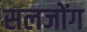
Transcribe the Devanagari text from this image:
सलजोंग